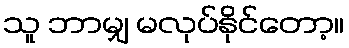
သူ ဘာမျှ မလုပ်နိုင်တော့။